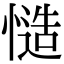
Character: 慥